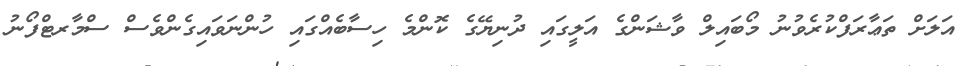
އަލަށް ތަޢާރަފްކުރެވުނު މޯބައިލް ވާޝަންގެ އަލީގައި ދުނިޔޭގެ ކޮންމެ ހިސާބެއްގައި ހުންނަވައިގެންވެސް ސްމާރޓްފޯނު